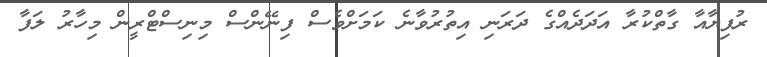
ރުފިޔާއާ ގާތްކުރާ އަދަދެއްގެ ދަރަނި އިތުރުވާނެ ކަމަށްވެސް ފިނޭންސް މިނިސްޓްރީން މިހާރު ލަފާ